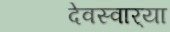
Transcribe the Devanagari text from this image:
देवस्वार्‍या